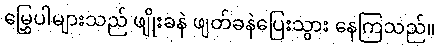
မြွှေပါများသည် ဖျိုးခနဲ ဖျတ်ခနဲပြေးသွား နေကြသည်။